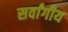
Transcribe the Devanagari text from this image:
सर्वांगीय